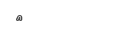
٨